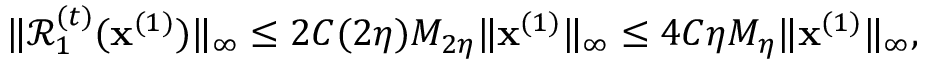
\| \mathcal { R } _ { 1 } ^ { ( t ) } ( \mathbf { x } ^ { ( 1 ) } ) \| _ { \infty } \leq 2 C ( 2 \eta ) M _ { 2 \eta } \| \mathbf { x } ^ { ( 1 ) } \| _ { \infty } \leq 4 C \eta M _ { \eta } \| \mathbf { x } ^ { ( 1 ) } \| _ { \infty } ,